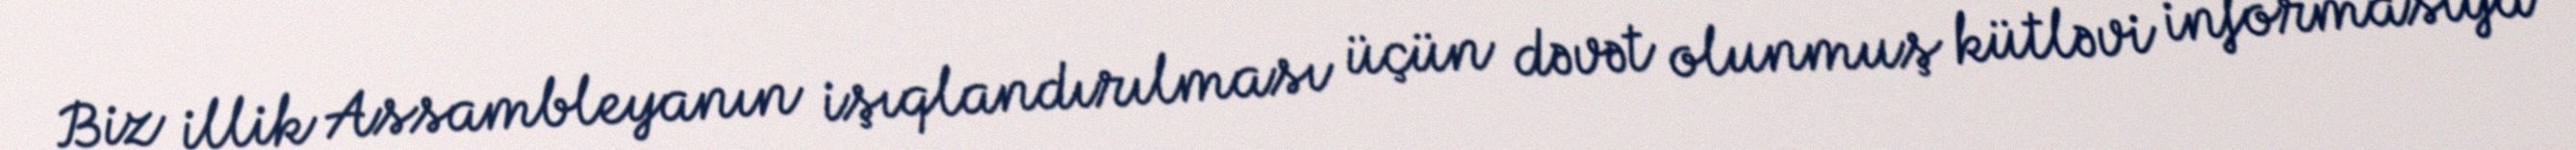
Biz illik Assambleyanın işıqlandırılması üçün dəvət olunmuş kütləvi informasiya